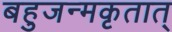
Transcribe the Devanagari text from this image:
बहुजन्मकृतात्